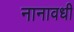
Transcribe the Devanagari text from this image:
नानावधी